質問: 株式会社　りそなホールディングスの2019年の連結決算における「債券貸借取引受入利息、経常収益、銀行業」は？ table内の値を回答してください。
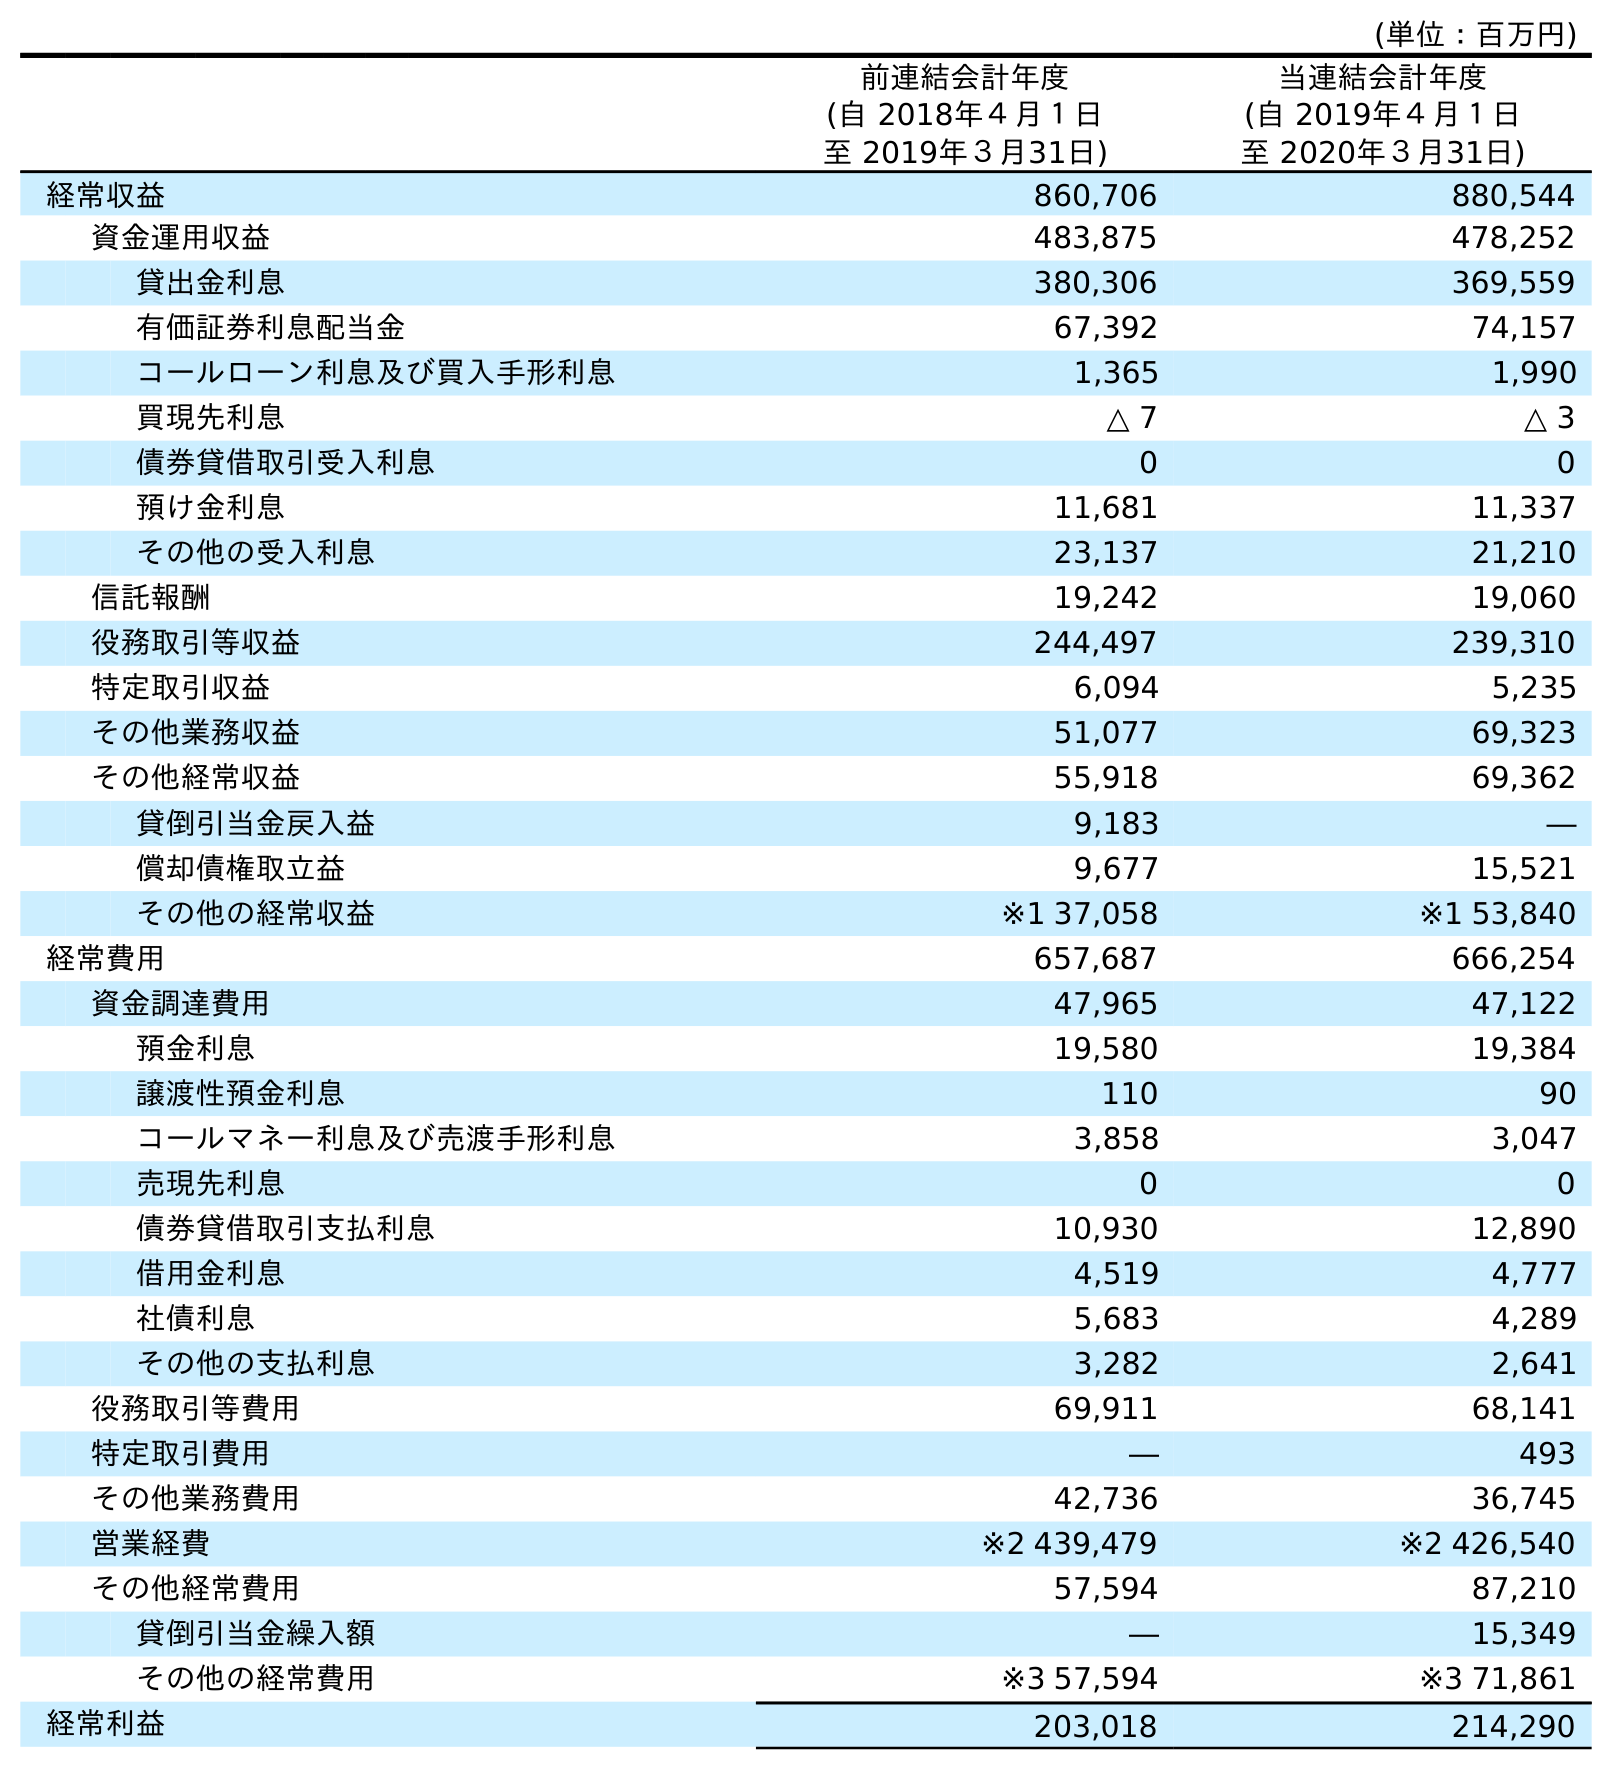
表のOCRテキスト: (単位：百万円) 前連結会計年度 (自 2018年４月１日 至 2019年３月31日) 当連結会計年度 (自 2019年４月１日 至 2020年３月31日) 経常収益 860,706 880,544 資金運用収益 483,875 478,252 貸出金利息 380,306 369,559 有価証券利息配当金 67,392 74,157 コールローン利息及び買入手形利息 1,365 1,990 買現先利息 △ 7 △ 3 債券貸借取引受入利息 0 0 預け金利息 11,681 11,337 その他の受入利息 23,137 21,210 信託報酬 19,242 19,060 役務取引等収益 244,497 239,310 特定取引収益 6,094 5,235 その他業務収益 51,077 69,323 その他経常収益 55,918 69,362 貸倒引当金戻入益 9,183 ― 償却債権取立益 9,677 15,521 その他の経常収益 ※1 37,058 ※1 53,840 経常費用 657,687 666,254 資金調達費用 47,965 47,122 預金利息 19,580 19,384 譲渡性預金利息 110 90 コールマネー利息及び売渡手形利息 3,858 3,047 売現先利息 0 0 債券貸借取引支払利息 10,930 12,890 借用金利息 4,519 4,777 社債利息 5,683 4,289 その他の支払利息 3,282 2,641 役務取引等費用 69,911 68,141 特定取引費用 ― 493 その他業務費用 42,736 36,745 営業経費 ※2 439,479 ※2 426,540 その他経常費用 57,594 87,210 貸倒引当金繰入額 ― 15,349 その他の経常費用 ※3 57,594 ※3 71,861 経常利益 203,018 214,290
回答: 0